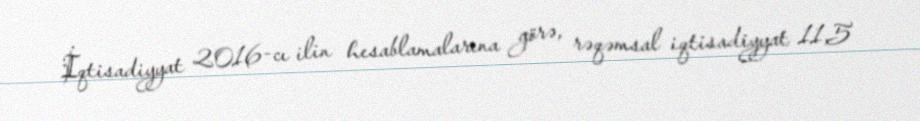
İqtisadiyyat 2016-cı ilin hesablamalarına görə, rəqəmsal iqtisadiyyat 11,5